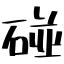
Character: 碰